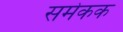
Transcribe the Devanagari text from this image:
समेकक